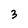
Character: 3